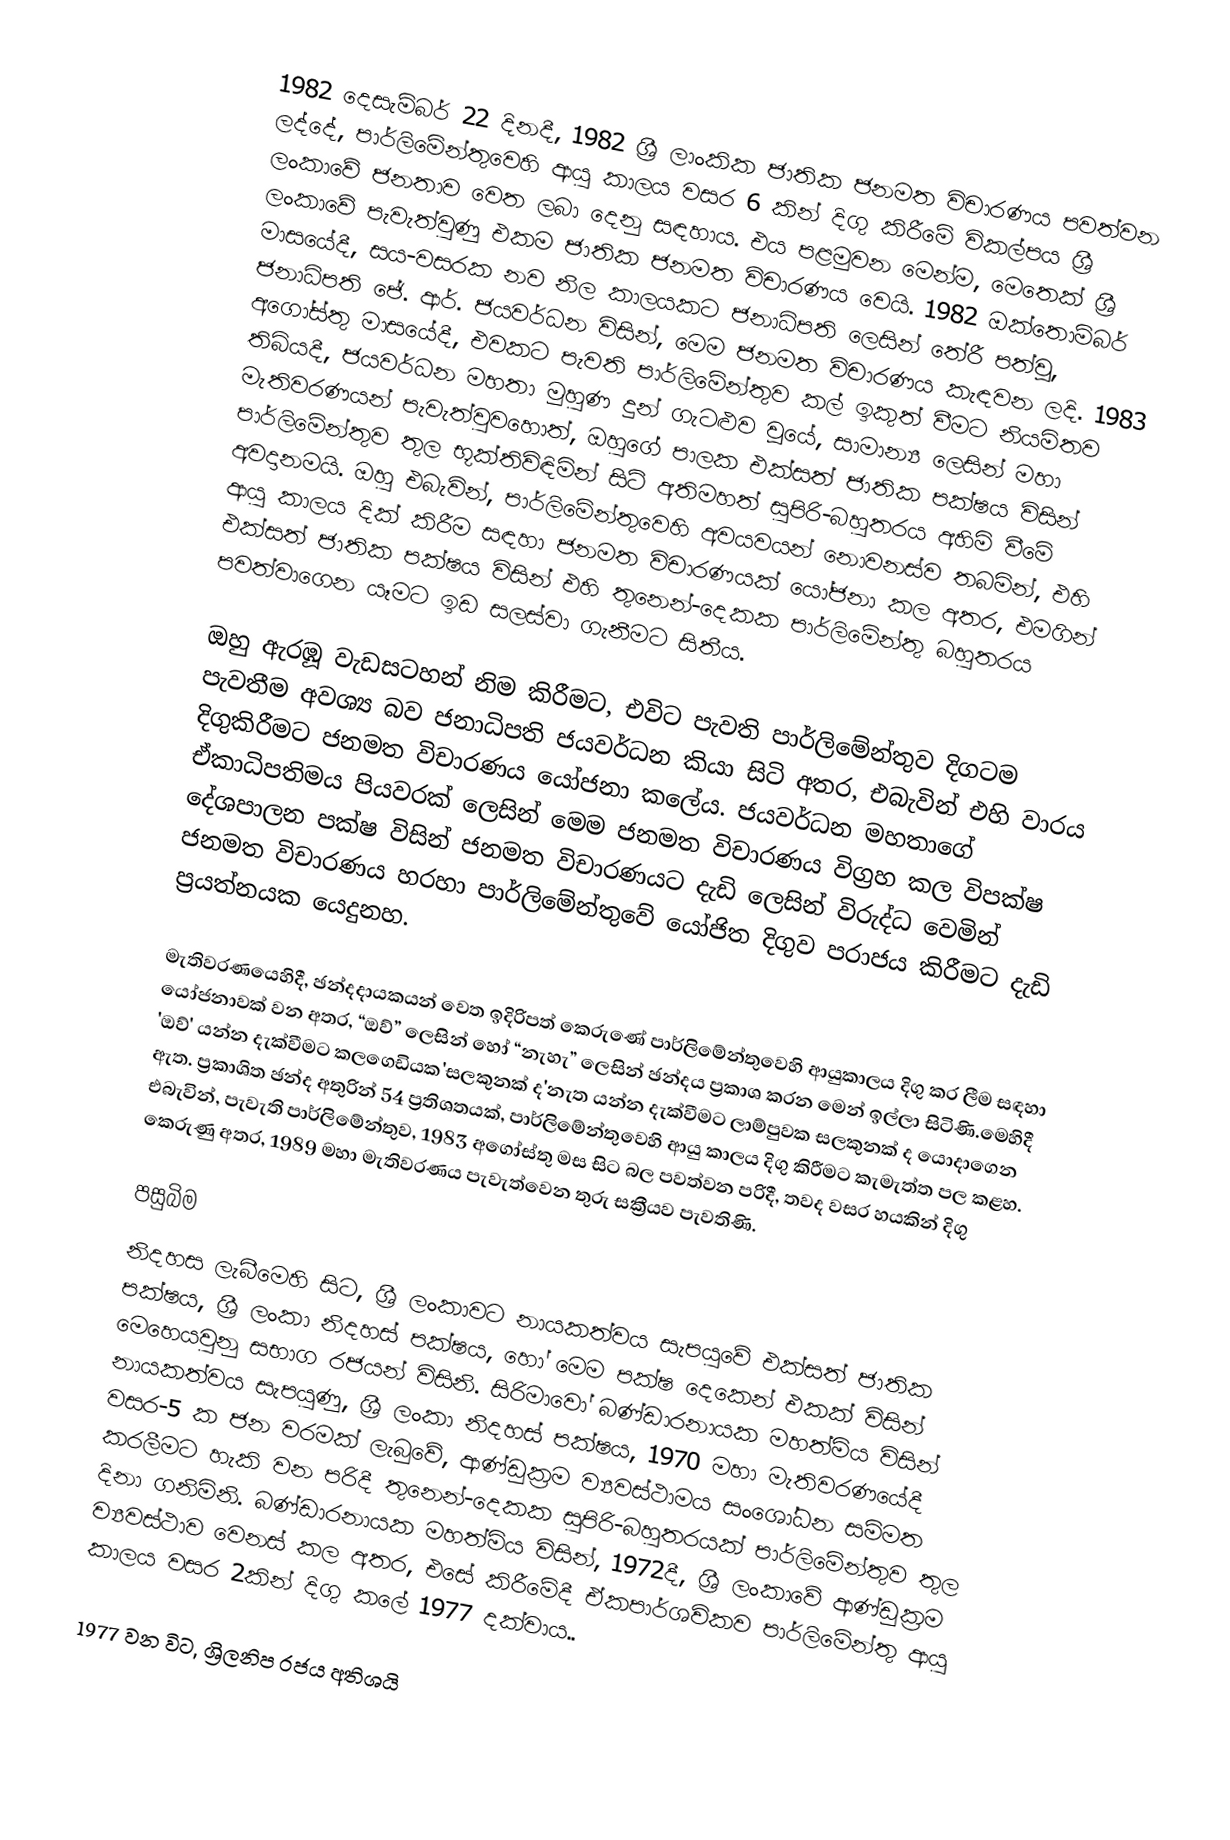
1982 දෙසැම්බර් 22 දිනදී, 1982 ශ්‍රී ලාංකික ජාතික ජනමත විචාරණය පවත්වන ලද්දේ,  පාර්ලිමේන්තුවෙහි ආයු කාලය වසර 6 කින් දිගු කිරීමේ විකල්පය ශ්‍රී ලංකාවේ ජනතාව වෙත ලබා දෙනු සඳහාය. එය පළමුවන මෙන්ම, මෙතෙක් ශ්‍රී ලංකාවේ පැවැත්වුණු එකම ජාතික ජනමත විචාරණය වෙයි.  1982 ඔක්තොම්බර් මාසයේදී, සය-වසරක නව නිල කාලයකට ජනාධිපති ලෙසින් තේරී පත්වූ, ජනාධිපති   ජේ. ආර්. ජයවර්ධන විසින්, මෙම ජනමත විචාරණය කැඳවන ලදි. 1983 අගෝස්තු මාසයේදී, එවකට පැවති පාර්ලිමේන්තුව කල් ඉකුත් වීමට නියමිතව තිබියදී, ජයවර්ධන මහතා මුහුණ දුන් ගැටළුව වූයේ, සාමාන්‍ය ලෙසින් මහා මැතිවරණයන් පැවැත්වුවහොත්, ඔහුගේ පාලක  එක්සත් ජාතික පක්ෂය විසින් පාර්ලිමේන්තුව තුල භූක්තිවිඳිමින් සිටි අතිමහත් සුපිරි-බහුතරය අහිමි වීමේ අවදානමයි. ඔහු එබැවින්, පාර්ලිමේන්තුවෙහි අවයවයන් නොවනස්ව තබමින්, එහි ආයු කාලය දික් කිරීම සඳහා ජනමත  විචාරණයක් යෝජනා කල අතර, එමගින් එක්සත් ජාතික පක්ෂය විසින් එහි තුනෙන්-දෙකක පාර්ලිමේන්තු බහුතරය පවත්වාගෙන යෑමට ඉඩ සලස්වා ගැනීමට සිතීය.

ඔහු ඇරඹූ වැඩසටහන් නිම කිරීමට, එවිට පැවති පාර්ලිමේන්තුව දිගටම පැවතීම අවශ්‍ය බව ජනාධිපති ජයවර්ධන කියා සිටි අතර, එබැවින් එහි වාරය දිගුකිරීමට ජනමත විචාරණය යෝජනා කලේය. ජයවර්ධන මහතාගේ  ඒකාධිපතිමය  පියවරක් ලෙසින් මෙම ජනමත  විචාරණය විග්‍රහ කල විපක්ෂ දේශපාලන පක්ෂ විසින් ජනමත  විචාරණයට දැඩි ලෙසින් විරුද්ධ වෙමින් ජනමත  විචාරණය හරහා පාර්ලිමේන්තුවේ යෝජිත දිගුව පරාජය කිරීමට දැඩි ප්‍රයත්නයක යෙදුනහ.

මැතිවරණයෙහිදී, ඡන්දදායකයන් වෙත ඉදිරිපත් කෙරුණේ පාර්ලිමේන්තුවෙහි ආයුකාලය දිගු කර ලීම සඳහා යෝජනාවක් වන අතර,  “ඔව්” ලෙසින් හෝ  “නැහැ” ලෙසින් ඡන්දය ප්‍රකාශ කරන මෙන් ඉල්ලා සිටිණි.මෙහිදී 'ඔව්' යන්න දැක්වීමට කලගෙඩියක'සලකුනක් ද'නැත යන්න දැක්වීමට ලාම්පුවක සලකුනක් ද යොදාගෙන ඇත. ප්‍රකාශිත ඡන්ද අතුරින් 54 ප්‍රතිශතයක්, පාර්ලිමේන්තුවෙහි ආයු කාලය දිගු කිරීමට කැමැත්ත පල කළහ. එබැවින්, පැවැති පාර්ලිමේන්තුව, 1983 අගෝස්තු මස සිට බල පවත්වන පරිදී,  තවද වසර හයකින් දිගු කෙරුණු අතර,  1989 මහා මැතිවරණය පැවැත්වෙන තුරු සක්‍රීයව පැවතිණි.

පසුබිම
නිදහස ලැබීමෙහි සිට, ශ්‍රී ලංකාවට නායකත්වය සැපයුවේ එක්සත් ජාතික පක්ෂය, ශ්‍රී ලංකා නිදහස් පක්ෂය, හෝ මෙම පක්ෂ දෙකෙන් එකක් විසින් මෙහෙයවුනු සභාග රජයන් විසිනි. සිරිමාවෝ බණ්ඩාරනායක මහත්මිය විසින් නායකත්වය සැපයුණු, ශ්‍රී ලංකා නිදහස් පක්ෂය, 1970 මහා මැතිවරණයේදී වසර-5 ක ජන වරමක් ලැබුවේ, ආණ්ඩුක්‍රම ව්‍යවස්ථාමය සංශෝධන සම්මත කරලීමට හැකි වන පරිදී තුනෙන්-දෙකක සුපිරි-බහුතරයක් පාර්ලිමේන්තුව තුල දිනා ගනිමිනි. බණ්ඩාරනායක මහත්මිය විසින්, 1972දී,  ශ්‍රී ලංකාවේ ආණ්ඩුක්‍රම ව්‍යවස්ථාව වෙනස් කල අතර, එසේ කිරීමේදී ඒකපාර්ශවිකව පාර්ලිමේන්තු ආයු කාලය වසර 2කින් දිගු කලේ  1977 දක්වාය..

1977 වන විට, ශ්‍රිලනිප රජය අතිශයි